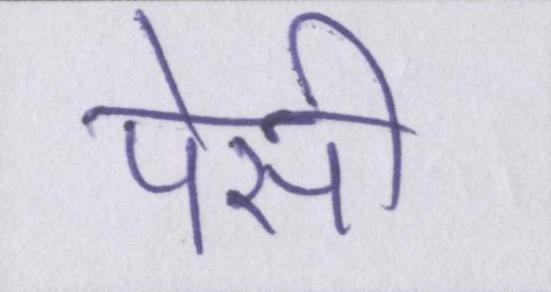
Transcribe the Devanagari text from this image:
पेसी